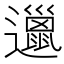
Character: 邋